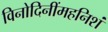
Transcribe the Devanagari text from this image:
विनोदिनींमहनिशं